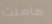
هاملت